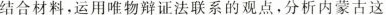
结合材料，运用唯物辩证法联系的观点，分析内蒙古这